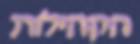
הקהילות